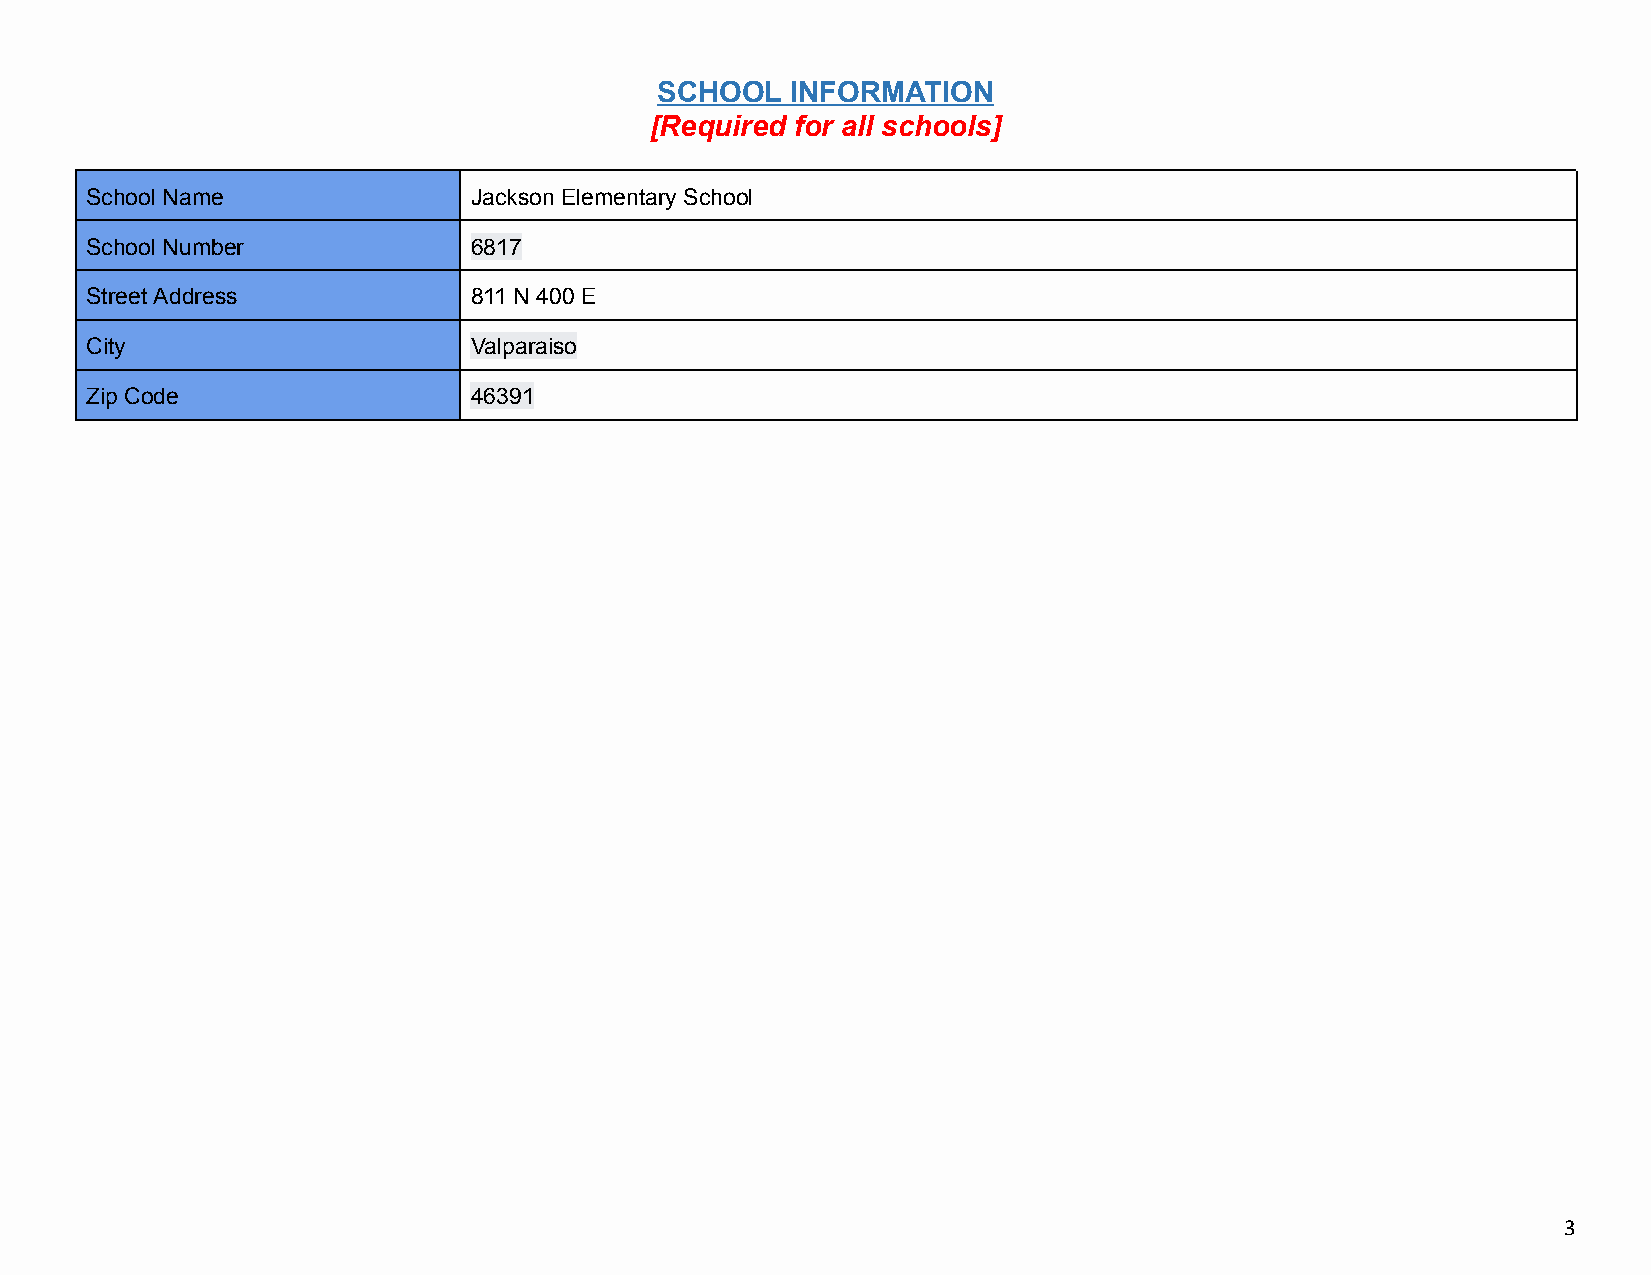
SCHOOL   INFORMATION
 [Required for all schools]
 School Name              Jackson Elementary School
 School Number            6817
 Street Address           811 N 400 E
 City                     Valparaiso
 Zip Code                 46391
 3